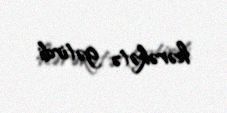
hərəkətə gətirdi.